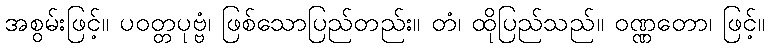
အစွမ်းဖြင့်။ ပဝတ္တပုဗ္ဗံ၊ ဖြစ်သောပြည်တည်း။ တံ၊ ထိုပြည်သည်။ ဝဏ္ဏတော၊ ဖြင့်။